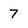
Character: 7